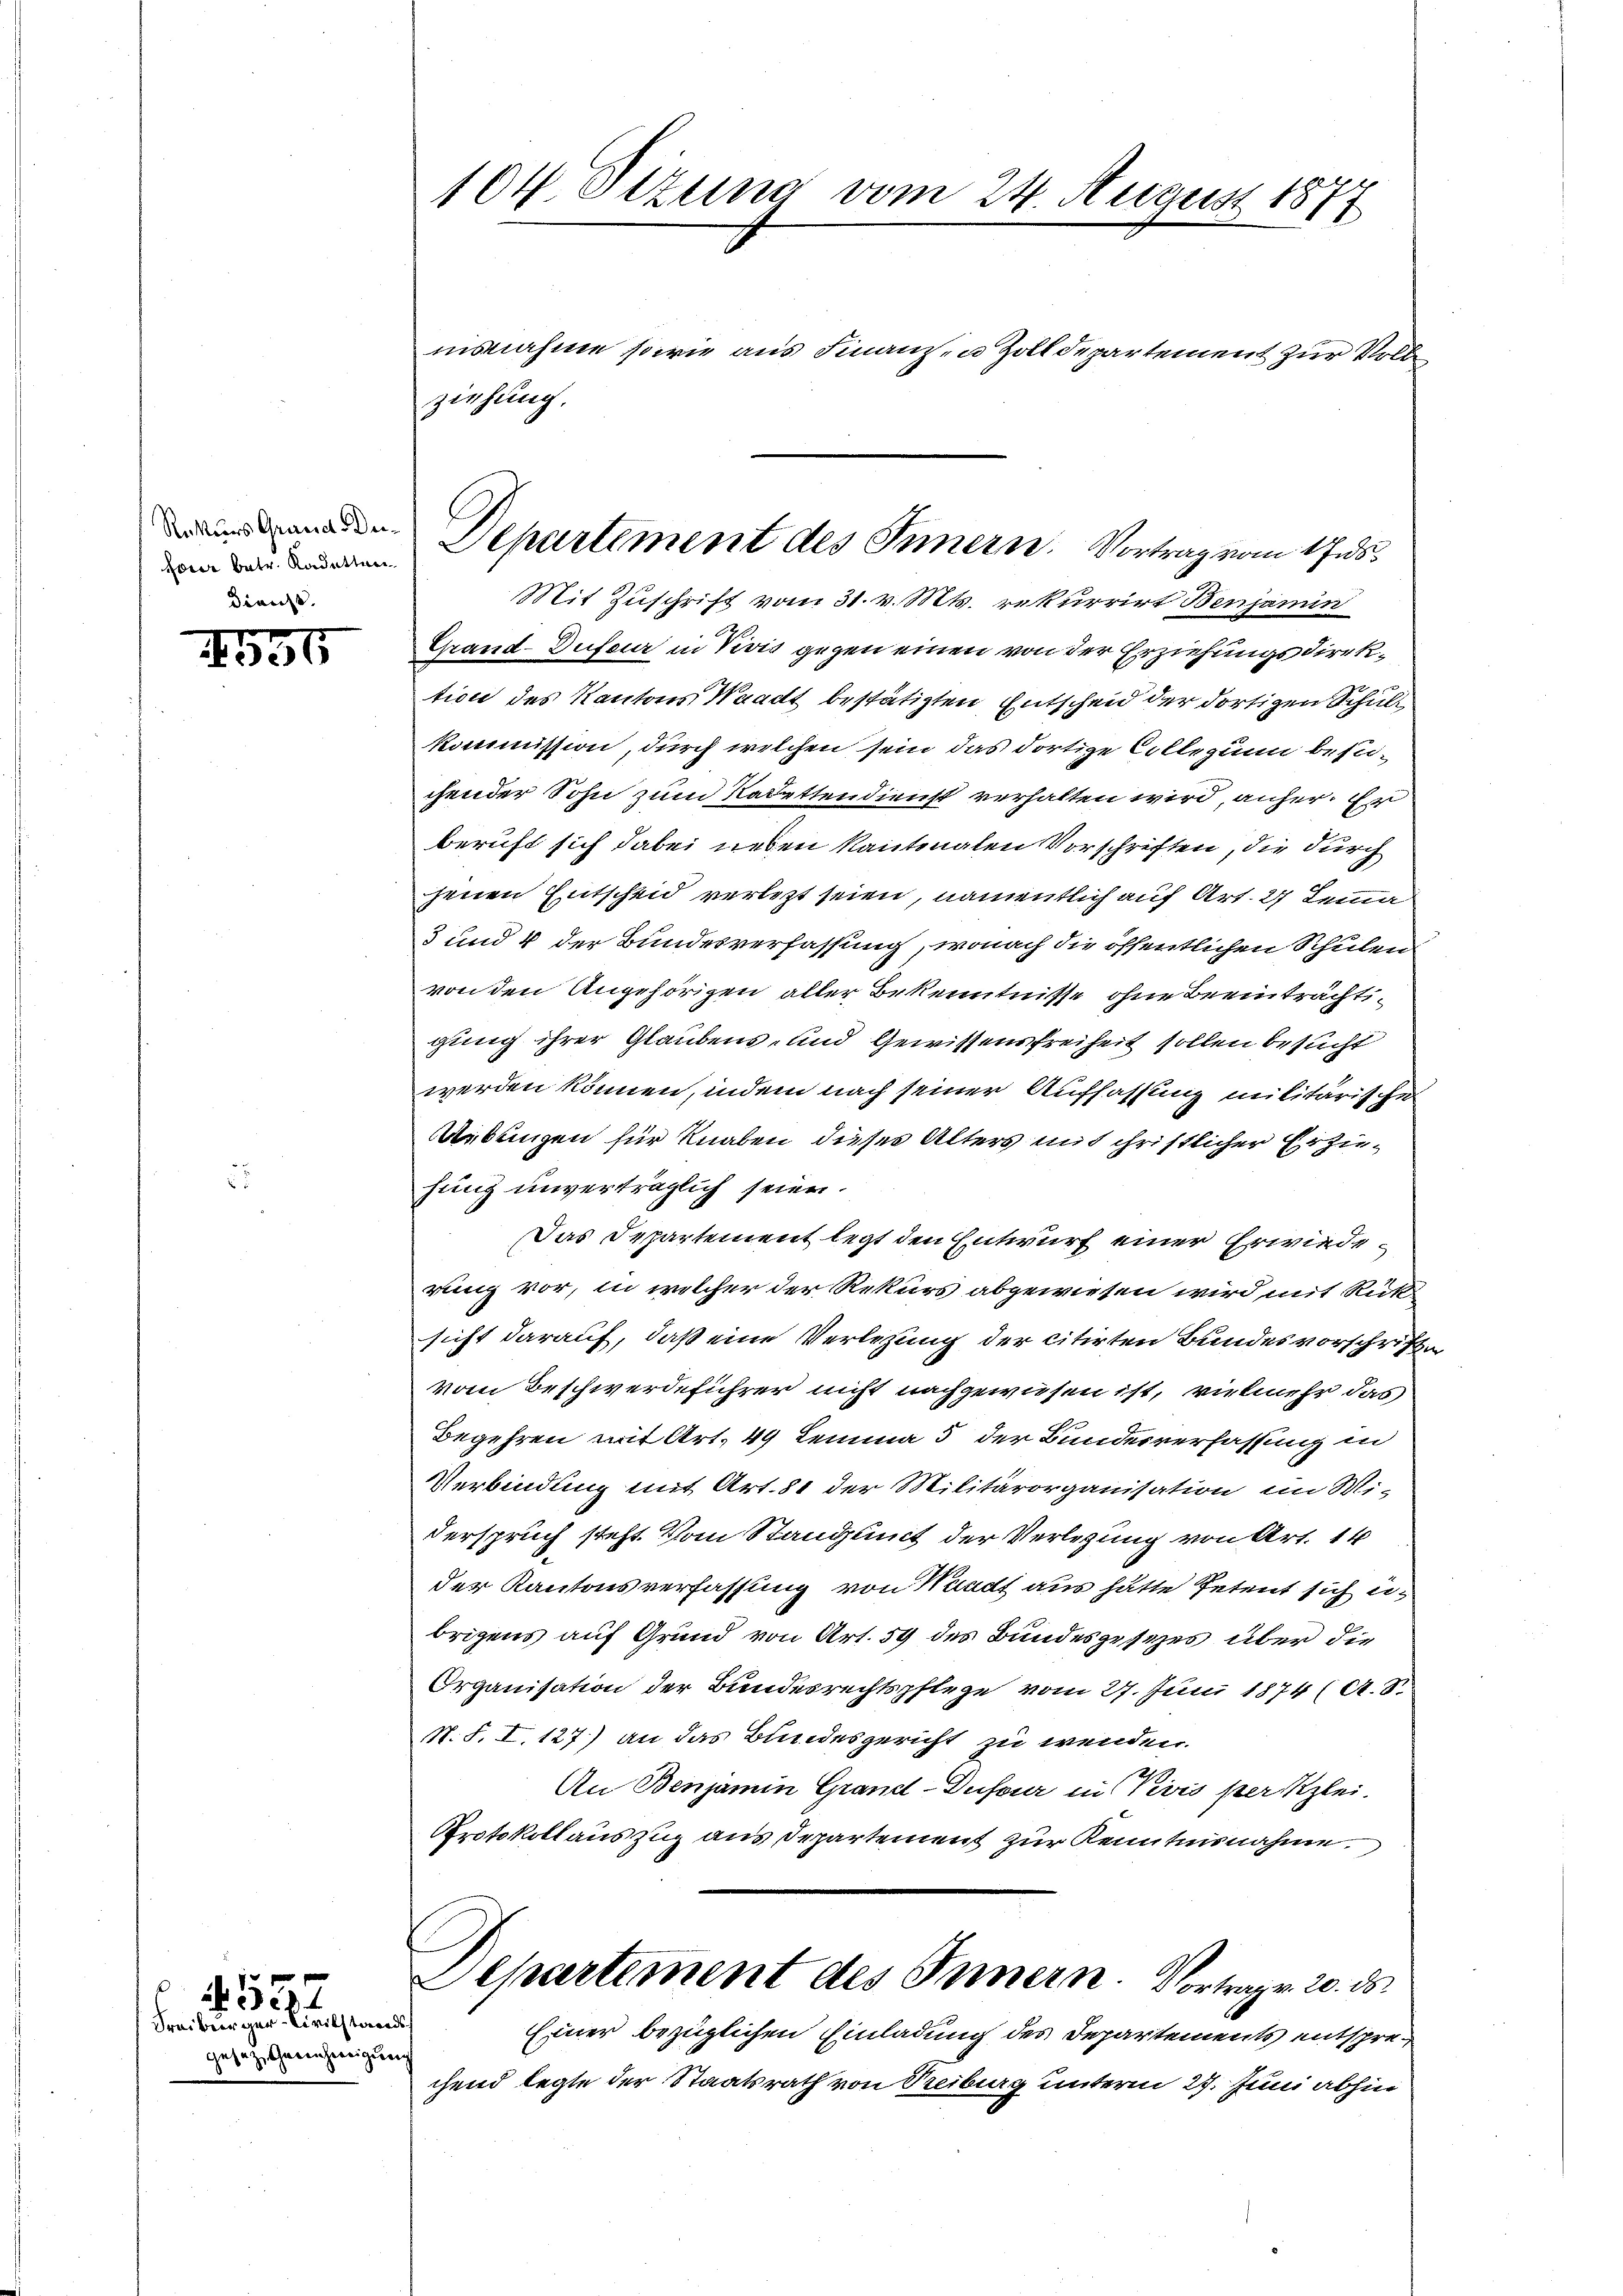
Rekurs Grund Defeier betr. Kadettari
Dienst.

e
355

geseze Gerichweigu

557
Freiberger-Civilstandes

104 Sizung vom 24. August 187

nisnahme sowie aus Finanz- u Zolldepartement zur Volle
ziehung.
Mit Zuschrift vom 31. v. Mts. rekurrirt Benjamin
Grand-Dufour in Vivis gegen einen von der Erziehungsdirektion des Kantons Waadt bestätigten Entscheid der dortigen Schult
Kommission, durch welchen sein das dortige Colle zum bestichender Sohn zum Radettendienst verhalten wird, anher. Er
beruft sich dabei neben kantonalen Vorschriften, die durch
jenen Entscheid verletzt seien, namentlich auf Art. 27 Lemma
3 und 4 der Bundesverfassung, wonach die öffentlichen Schulen
von den Angehörigen aller Bekenntnisse ohne Beeinträchtigung ihrer Glaubens- und Gewissensfreiheit sollen besucht
werden können, indem nach seiner Auffassung militärische
Uebungen für Knaben dieses Alters mit christlicher Erziehung unverträglich seien.
Das Departement legt den Entwurf einer Erwiederung vor, in welcher der Rekurs abgewiesen wird mit Rücksicht darauf, daß eine Verlegung der citirten Bundesvorschrifte
vom Beschwerdeführer nicht nachgewiesen ist, vielmehr das
Begehren mit Art. 49 Lemma 5 der Bundesverfassung in
Verbindung mit Art. 81 der Militärorganisation im Wi-
derspruch steht. Vom Standant der Verlegung von Art. 14
der Kantonsverfassung von Waadt aus hätte Petent sich u.
brigens auf Grund von Art. 59 des Bundesgesetzes über die
Organisation der Bundesrechtspflege vom 27. Juni 1874 (A. 8.
N. S. I. 127) an das Bundesgericht zu wenden.
An Benjamin Grand-Dufour in Vivis per Klei¬
Protokoll auszug aus Departement zur Kenntnisnahme.
Departement des Innern. Vortrag. 20. ds.
Einer bezüglichen Einladung des Departements entsprechend legte der Staatsrath von Treiburg unterm 27. Juni abhin

Departement des Innern. Vortrag vom 17.ds.